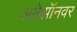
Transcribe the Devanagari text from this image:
अमेझॉनवर